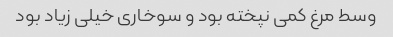
وسط مرغ کمی نپخته بود و سوخاری خیلی زیاد بود